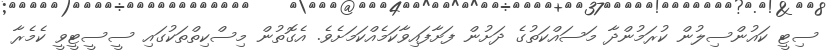
ސިޓީ ކައުންސިލުން ކުރަމުންދާ މަސައްކަތުގެ ދަށުން ފަށާފައިވާކަމެއްކަމަށެވެ. އެގޮތުން މިސްކިތްތަކުގައި ސީސީޓީވީ ކެމެރާ